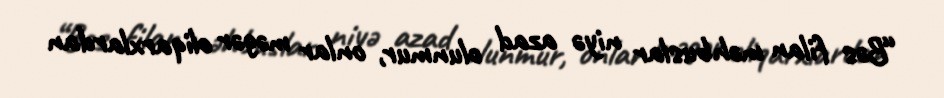
“Bəs filan məhbuslar niyə azad olunmur, onlar məgər oliqarxlardan